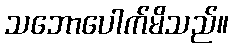
သဘောပေါက်မိသည်။